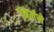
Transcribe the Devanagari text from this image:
निर्ममे